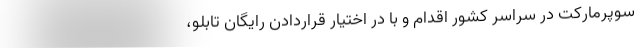
سوپرمارکت در سراسر کشور اقدام و با در اختیار قراردادن رایگان تابلو،